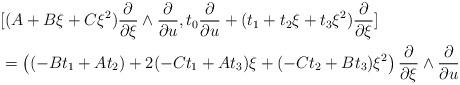
LaTeX: \begin{align*}&[(A+B\xi+C\xi^2)\frac{\partial}{\partial \xi}\wedge \frac{\partial}{\partial u}, t_0\frac{\partial}{\partial u}+(t_1+t_2\xi+t_3\xi^2)\frac{\partial}{\partial \xi}]\\&=\left((-Bt_1+At_2)+2(-Ct_1+At_3)\xi+(-Ct_2+Bt_3)\xi^2 \right)\frac{\partial}{\partial \xi}\wedge \frac{\partial}{\partial u}\end{align*}